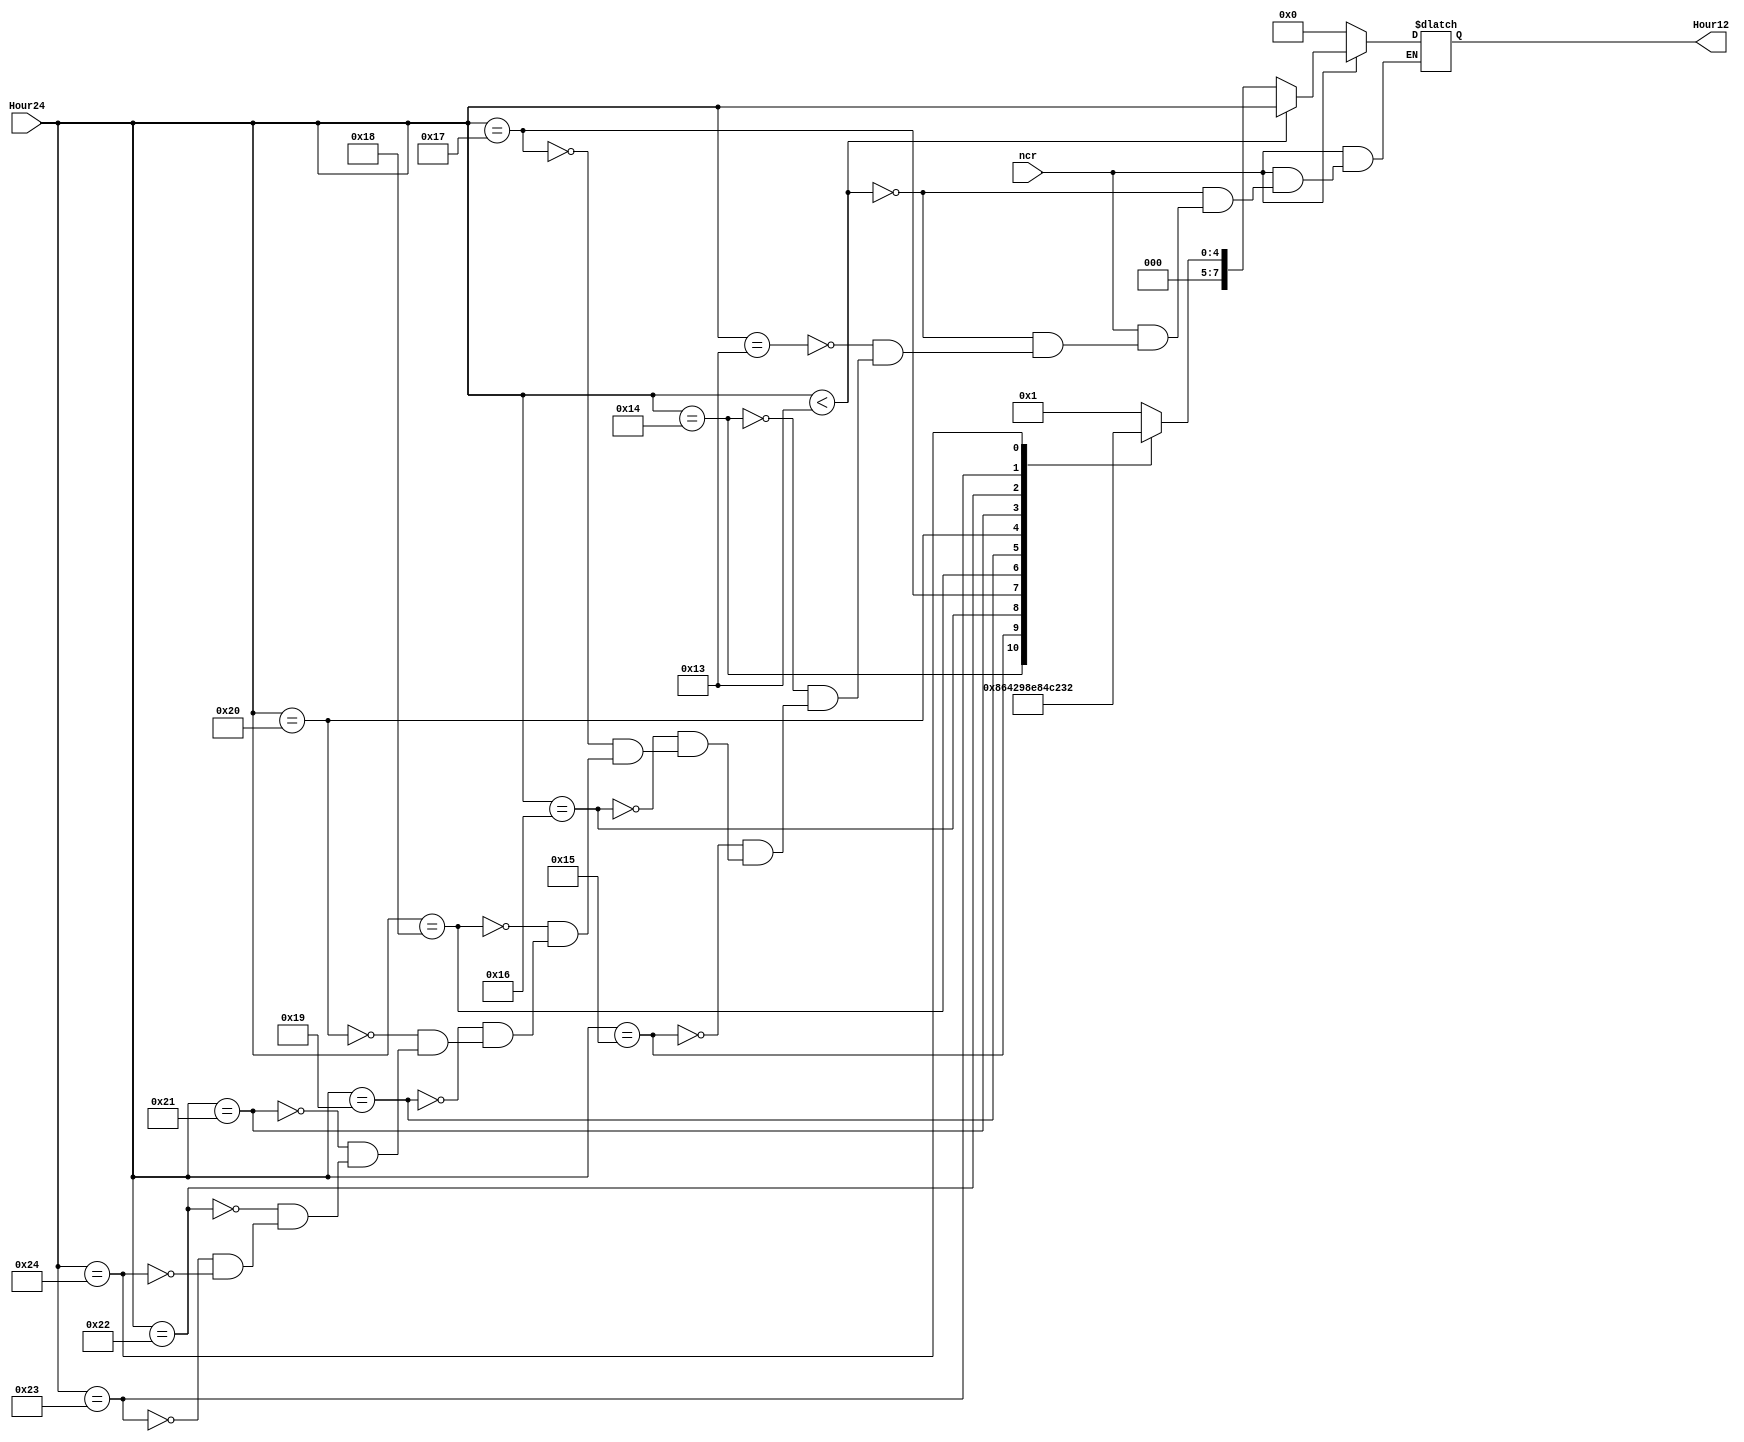
`timescale 1ns / 1ps
//////////////////////////////////////////////////////////////////////////////////
// Company: 
// Engineer: 
// 
// Design Name: 
// Module Name:    Trans24To12 
// Project Name: 
// Target Devices: 
// Tool versions: 
// Description: 
//
// Dependencies: 
//
// Revision: 
// Revision 0.01 - File Created
// Additional Comments: 
//
//////////////////////////////////////////////////////////////////////////////////
module Trans24To12(Hour24,ncr,Hour12);
	input[7:0] Hour24;
	input ncr;
	
	output reg[7:0] Hour12;
	
	always@(Hour24)
	begin
		if(!ncr)
			Hour12 = 8'b0000_0000;
		else if(Hour24 < 8'd19)
			Hour12 = Hour24;
		else
				case(Hour24)
/*
					8'b0000_0000:{HexH,HexL} <= 8'b0000_0000;
					8'b0000_0001:{HexH,HexL} <= 8'b0000_0001;
					8'b0000_0010:{HexH,HexL} <= 8'b0000_0010;
					8'b0000_0011:{HexH,HexL} <= 8'b0000_0011;
					8'b0000_0100:{HexH,HexL} <= 8'b0000_0100;
					8'b0000_0101:{HexH,HexL} <= 8'b0000_0101;
					8'b0000_0110:{HexH,HexL} <= 8'b0000_0110;
					8'b0000_0111:{HexH,HexL} <= 8'b0000_0111;
					8'b0000_1000:{HexH,HexL} <= 8'b0000_1000;
					8'b0000_1001:{HexH,HexL} <= 8'b0000_1001;
					8'b0001_0000:{HexH,HexL} <= 8'b0001_0000;
					8'b0001_0001:{HexH,HexL} <= 8'b0001_0001;
					8'b0001_0010:{HexH,HexL} <= 8'b0001_0010;
*/		
					8'b0001_0011:Hour12 = 8'b0000_0001;
					8'b0001_0100:Hour12 = 8'b0000_0010;
					8'b0001_0101:Hour12 = 8'b0000_0011;
					8'b0001_0110:Hour12 = 8'b0000_0100;
					8'b0001_0111:Hour12 = 8'b0000_0101;
					8'b0001_1000:Hour12 = 8'b0000_0110;
					8'b0001_1001:Hour12 = 8'b0000_0111;
					8'b0010_0000:Hour12 = 8'b0000_1000;
					8'b0010_0001:Hour12 = 8'b0000_1001;
					8'b0010_0010:Hour12 = 8'b0001_0000;
					8'b0010_0011:Hour12 = 8'b0001_0001;
					8'b0010_0100:Hour12 = 8'b0001_0010;
				endcase
	end
endmodule